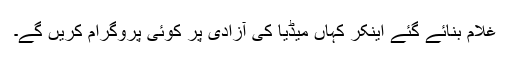
غلام بنائے گئے اینکر کہاں میڈیا کی آزادی پر کوئی پروگرام کریں گے۔